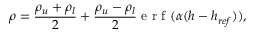
\rho = \frac { \rho _ { u } + \rho _ { l } } { 2 } + \frac { \rho _ { u } - \rho _ { l } } { 2 } \mathrm { ~ e ~ r ~ f ~ } ( \alpha ( h - h _ { r e f } ) ) ,